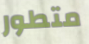
متطور